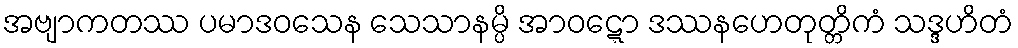
အဗျာကတဿ ပမာဒဝသေန သေသာနမ္ပိ အာဝဋ္ဋော ဒဿနဟေတုတ္တိကံ သဒ္ဒဟိတံ